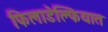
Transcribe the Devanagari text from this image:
फिलाडेल्फियात